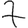
Digit: 7